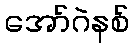
အော်ဂဲနစ်